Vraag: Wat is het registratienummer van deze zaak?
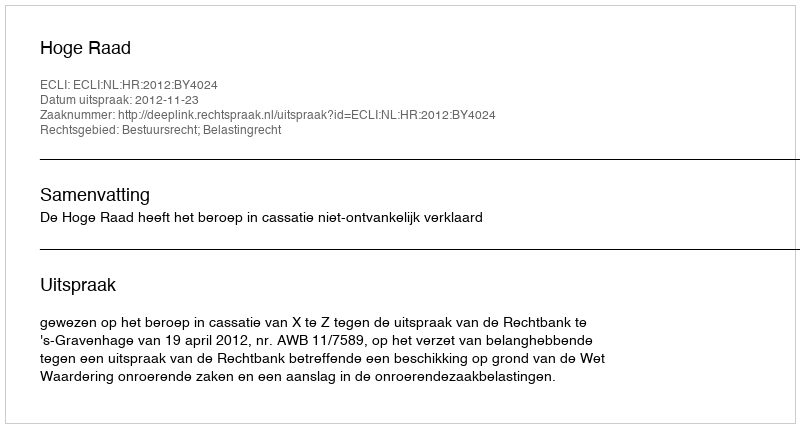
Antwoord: http://deeplink.rechtspraak.nl/uitspraak?id=ECLI:NL:HR:2012:BY4024